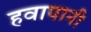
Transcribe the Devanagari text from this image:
हवापानी